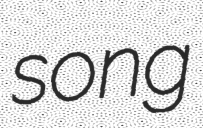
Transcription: song